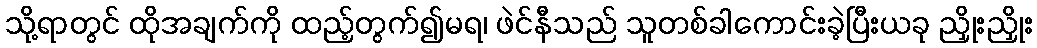
သို့ရာတွင် ထိုအချက်ကို ထည့်တွက်၍မရ၊ ဖဲင်နီသည် သူတစ်ခါကောင်းခဲ့ပြီးယခု ညှိုးညှိုး